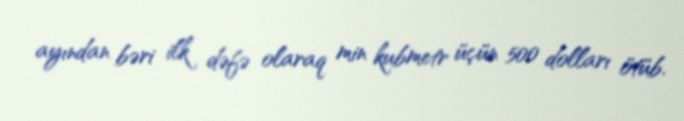
ayından bəri ilk dəfə olaraq min kubmetr üçün 500 dolları ötüb.